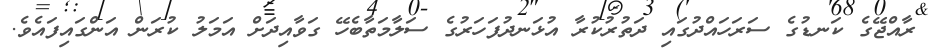
ރާއްޖޭގެ ކަނޑުގެ ސަރަހައްދުގައި ދަތުރުކުރާ އުޅަނދުފަހަރުގެ ސަލާމަތާބެހޭ ގަވާއިދަށް އަމަލު ކުރަން އަންގައިފައެވެ.